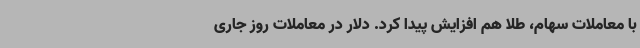
با معاملات سهام، طلا هم افزایش پیدا کرد. دلار در معاملات روز جاری